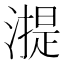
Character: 𣾸